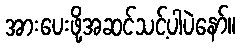
အားပေးဖို့အဆင်သင့်ပါပဲနော်။